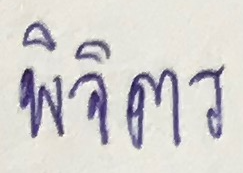
พิจิตร